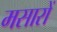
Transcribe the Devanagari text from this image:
मसारों